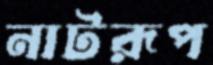
নাটরূপ